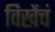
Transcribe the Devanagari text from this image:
विखेंचं